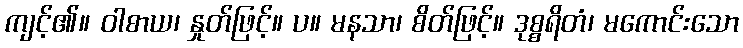
ကျင့်၏။ ဝါစာယ၊ နှုတ်ဖြင့်။ ပ။ မနသာ၊ စိတ်ဖြင့်။ ဒုစ္စရိတံ၊ မကောင်းသော